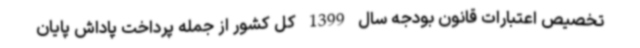
تخصیص اعتبارات قانون بودجه سال 1399 کل کشور از جمله پرداخت پاداش پایان